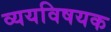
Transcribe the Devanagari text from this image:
व्ययविषयक